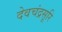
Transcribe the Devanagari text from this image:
देवचंद्रसूरि